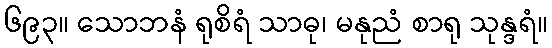
၆၉၃။ သောဘနံ ရုစိရံ သာဓု၊ မနုညံ စာရု သုန္ဒရံ။